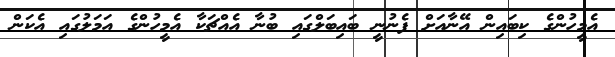
އެމީހުންގެ ކިބައިން އޭނާއަށް ފެނުނީ ބައިބަލްގައި ބުނާ އެއްޗަކާ އެމީހުންގެ އަމަލުގައި އެކަން